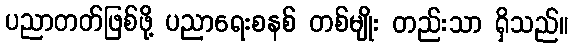
ပညာတတ်ဖြစ်ဖို့ ပညာရေးစနစ် တစ်မျိုး တည်းသာ ရှိသည်။